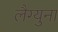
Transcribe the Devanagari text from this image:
लैग्युना